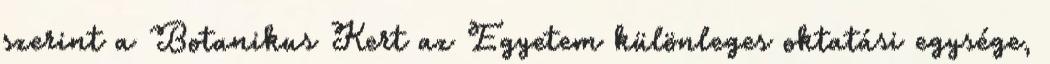
szerint a Botanikus Kert az Egyetem különleges oktatási egysége,